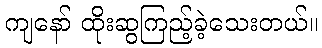
ကျနော် ထိုးဆွကြည့်ခဲ့သေးတယ်။